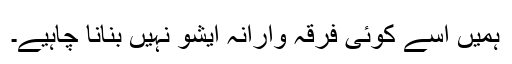
ہمیں اسے کوئی فرقہ وارانہ ایشو نہیں بنانا چاہیے۔